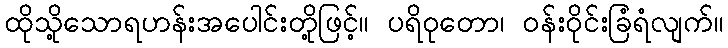
ထိုသို့သောရဟန်းအပေါင်းတို့ဖြင့်။ ပရိဝုတော၊ ဝန်းဝိုင်းခြံရံလျက်။